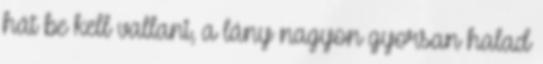
hát be kell vallani, a lány nagyon gyorsan halad